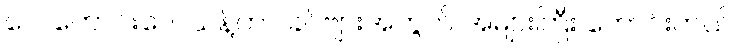
လေကောင်းလေသန့်ဟာ ခင်ဗျားအတွက် အများကြီး ကောင်းတယ်။